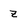
Character: z